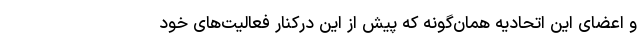
و اعضای این اتحادیه همان‌گونه که پیش از این درکنار فعالیت‌های خود